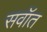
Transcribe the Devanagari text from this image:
सवॉत